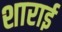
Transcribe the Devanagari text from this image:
शाराई